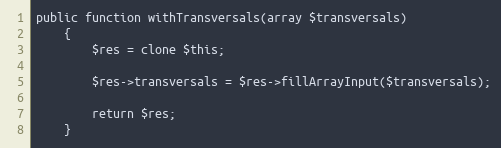
Language: PHP
public function withTransversals(array $transversals)
    {
        $res = clone $this;

        $res->transversals = $res->fillArrayInput($transversals);

        return $res;
    }